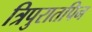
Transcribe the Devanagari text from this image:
त्रिपुरातपिन